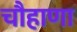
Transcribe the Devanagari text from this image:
चौहाणा